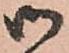
御